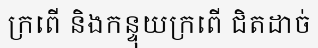
ក្រពើ និងកន្ទុយក្រពើ ជិតដាច់